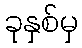
ခုနှစ်မှ